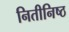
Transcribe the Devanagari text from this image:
नितीनिष्ठ